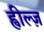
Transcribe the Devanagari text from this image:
ह्वील्ज़